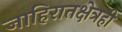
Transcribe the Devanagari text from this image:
जाहिरातक्षेत्रही